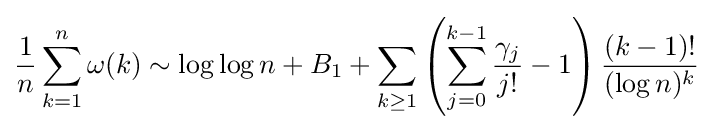
{\frac {1}{n}}\sum \limits _{k=1}^{n}\omega (k)\sim \log \log n+B_{1}+\sum _{k\geq 1}\left(\sum _{j=0}^{k-1}{\frac {\gamma _{j}}{j!}}-1\right){\frac {(k-1)!}{(\log n)^{k}}}